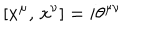
LaTeX: \left[ x ^ { \mu } , \, x ^ { \nu } \right] = i \theta ^ { \mu \nu }